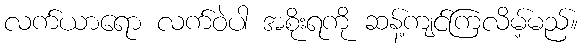
လက်ယာရော လက်ဝဲပါ အစိုးရကို ဆန့်ကျင်ကြလိမ့်မည်။